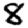
Digit: 8